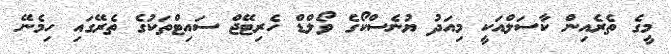
މީގެ ތެރެއިން ކާސަލްއަކީ މިއަދު ޔުނެސްކޯގެ ވޯލްޑް ހެރިޓޭޖް ސައިޓްތަކުގެ ތެރޭގައި ހިމެނޭ